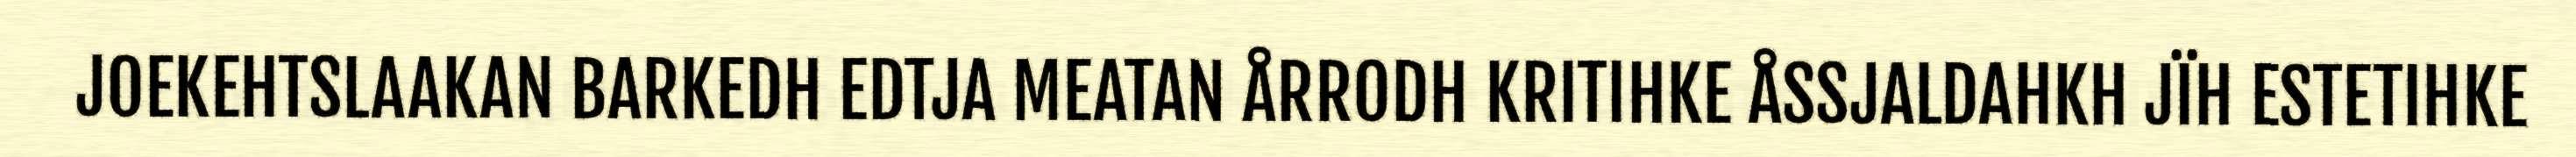
JOEKEHTSLAAKAN BARKEDH EDTJA MEATAN ÅRRODH KRITIHKE ÅSSJALDAHKH JÏH ESTETIHKE